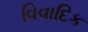
વિવાદિક